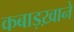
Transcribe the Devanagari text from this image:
कबाड़ख़ाने